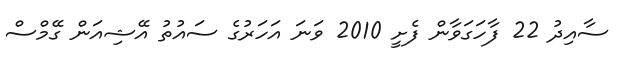
ސާއިދު 22 ފާހަގަވާން ފެށީ 2010 ވަނަ އަހަރުގެ ސައުތު އޭޝިއަން ގޭމްސް